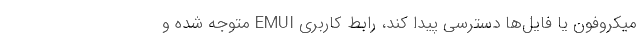
میکروفون یا فایل‌ها دسترسی پیدا کند، رابط کاربری EMUI متوجه شده و